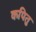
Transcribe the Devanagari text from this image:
कपितु